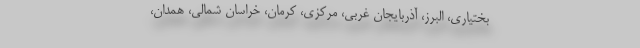
بختیاری، البرز، آذربایجان غربی، مرکزی، کرمان، خراسان شمالی، همدان،